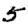
Digit: 5